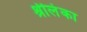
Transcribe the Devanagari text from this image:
श्रीलंंका